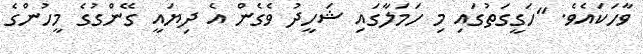
ވާހަކައެވެ. "ހަގީގަތުގައި މި ހަމަލާގައި ޝަހީދު ވެގެން އެ ދިޔައީ ގޭންގުގެ މީހުންގެ